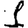
Digit: 1